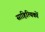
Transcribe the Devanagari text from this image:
साहित्‍यिकों